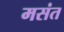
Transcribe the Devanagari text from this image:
मसंत